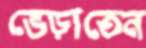
ভেড়াতেন